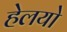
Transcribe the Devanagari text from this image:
हेलयो